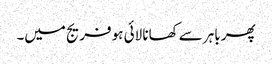
پھر باہر سے کھانا لائی ہو فریج میں۔